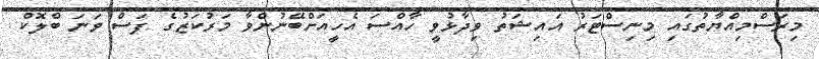
މިރަސްމިއްޔާތުގައި މިނިސްޓަރު އައިޝަތު ވިދާޅުވީ ހާއްސަ އެހީއަށްބޭނުންވާ މަރުކަޒުގެ ފަސް ވަނަ ބްލޮކް